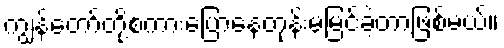
ကျွန်တော်တို့စကားပြောနေတုန်းမမြင်ခဲ့တာဖြစ်မယ်။